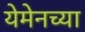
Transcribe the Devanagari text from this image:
येमेनच्या